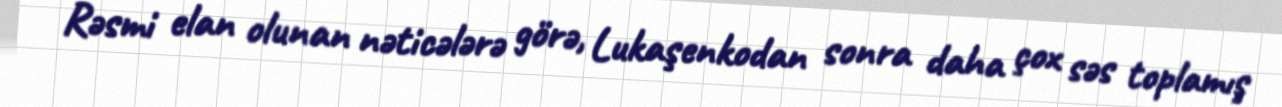
Rəsmi elan olunan nəticələrə görə, Lukaşenkodan sonra daha çox səs toplamış